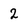
Character: 2